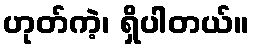
ဟုတ်ကဲ့၊ ရှိပါတယ်။